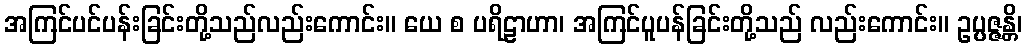
အကြင်ပင်ပန်းခြင်းတို့သည်လည်းကောင်း။ ယေ စ ပရိဠာဟာ၊ အကြင်ပူပန်ခြင်းတို့သည် လည်းကောင်း။ ဥပ္ပဇ္ဇန္တိ၊